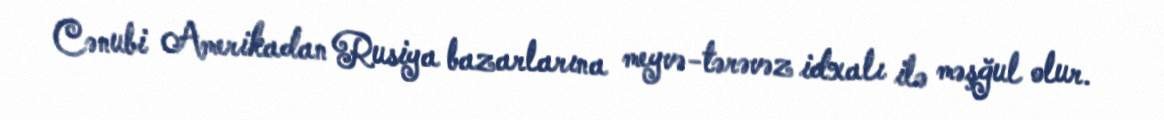
Cənubi Amerikadan Rusiya bazarlarına meyvə-tərəvəz idxalı ilə məşğul olur.